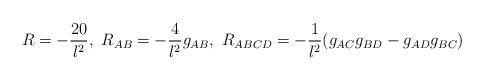
\begin{align*}R=-\frac{20}{l^2},~ R_{AB}=-\frac{4}{l^2}g_{AB},~ R_{ABCD}=-\frac{1}{l^2}(g_{AC}g_{BD}-g_{AD}g_{BC})\end{align*}